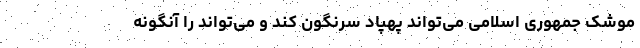
موشک جمهوری اسلامی می‌تواند پهپاد سرنگون کند و می‌تواند را آنگونه